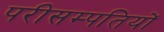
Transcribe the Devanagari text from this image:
परीसम्पतियों